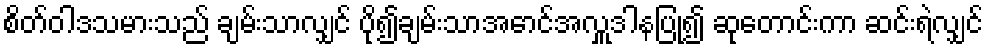
စိတ်ဝါဒသမားသည် ချမ်းသာလျှင် ပို၍ချမ်းသာအောင်အလှူဒါနပြု၍ ဆုတောင်းကာ ဆင်းရဲလျှင်